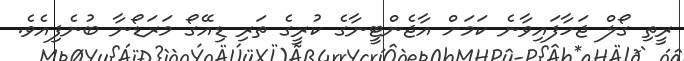
ރީތި ގޯލް ޖަހާފައިވާނެ ކަމަށް އާޖެންޓީނާގެ ކުރީގެ ތަރި ޑިއޭގޯ މަރަޑޯނާ ބުނެފިއެވެ.